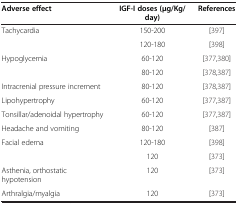
<table><thead><tr><td><b>Adverse effect</b></td><td><b>IGF-I doses (μg/Kg/day)</b></td><td><b>References</b></td></tr></thead><tbody><tr><td rowspan="2">Tachycardia</td><td>150-200</td><td>[397]</td></tr><tr><td>120-180</td><td>[398]</td></tr><tr><td rowspan="2">Hypoglycemia</td><td>60-120</td><td>[377,380]</td></tr><tr><td>80-120</td><td>[378,387]</td></tr><tr><td>Intracrenial pressure increment</td><td>80-120</td><td>[378,387]</td></tr><tr><td>Lipohypertrophy</td><td>60-120</td><td>[377,387]</td></tr><tr><td>Tonsillar/adenoidal hypertrophy</td><td>60-120</td><td>[377,387]</td></tr><tr><td>Headache and vomiting</td><td>80-120</td><td>[387]</td></tr><tr><td rowspan="2">Facial edema</td><td>120-180</td><td>[398]</td></tr><tr><td>120</td><td>[373]</td></tr><tr><td>Asthenia, orthostatic hypotension</td><td>120</td><td>[373]</td></tr><tr><td>Arthralgia/myalgia</td><td>120</td><td>[373]</td></tr></tbody></table>